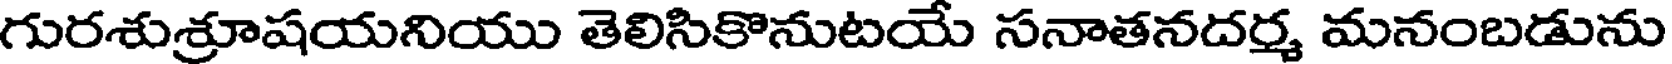
గురశుశ్రూషయనియు తెలిసికొనుటయే సనాతనదర్మ మనంబడును